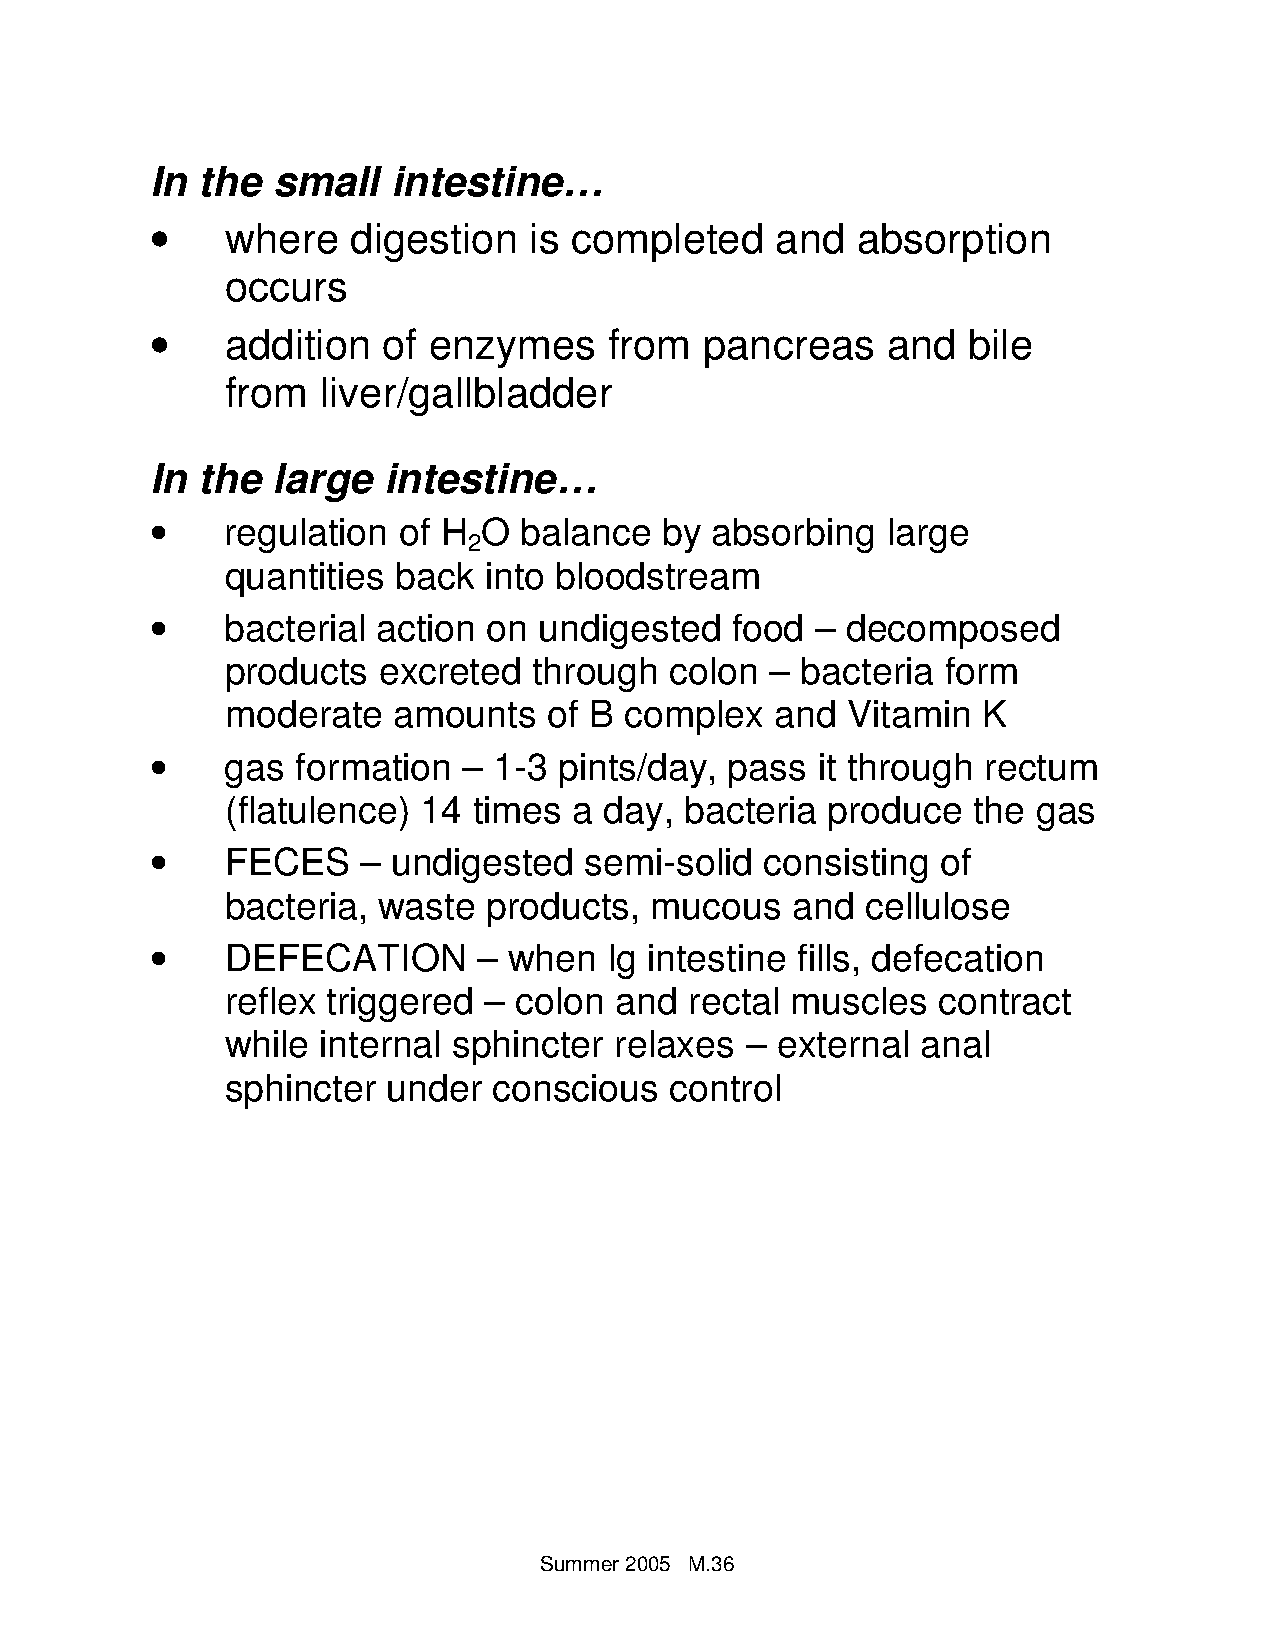
In the  small   intestine…
 •
 where   digestion   is completed    and   absorption
 occurs
 •
 addition  of enzymes     from   pancreas    and  bile
 from  liver/gallbladder
 In the  large  intestine…
 •
 regulation of H  O  balance  by absorbing   large
 2
 quantities back  into bloodstream
 •
 bacterial action on  undigested  food  – decomposed
 products  excreted  through  colon  – bacteria  form
 moderate   amounts   of B complex   and  Vitamin  K
 •
 gas  formation  – 1-3 pints/day, pass  it through rectum
 (flatulence) 14 times  a day, bacteria  produce  the  gas
 •
 FECES    – undigested   semi-solid  consisting of
 bacteria, waste  products,  mucous   and  cellulose
 •
 DEFECATION       – when  lg intestine fills, defecation
 reflex triggered – colon  and  rectal muscles  contract
 while internal sphincter  relaxes – external  anal
 sphincter  under  conscious  control
 Summer 20 05 M.36